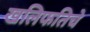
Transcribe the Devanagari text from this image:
खलिफतिचे